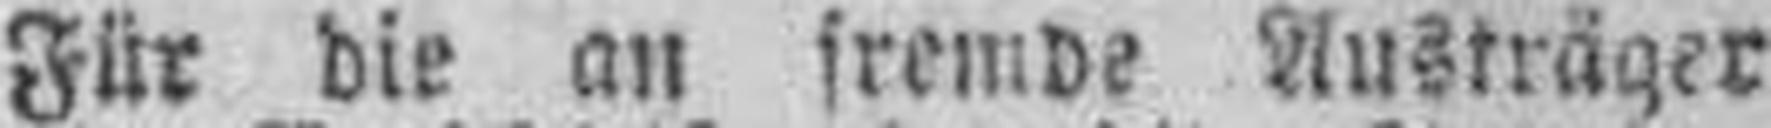
Für die an fremde Austräger